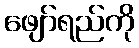
ဖျော်ရည်ကို